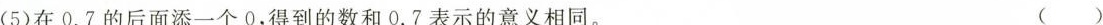
(5)在0.7的后面添一个0，得到的数和0.7表示的意义相同。 ( )